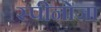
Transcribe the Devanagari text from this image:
स्पीनोजा